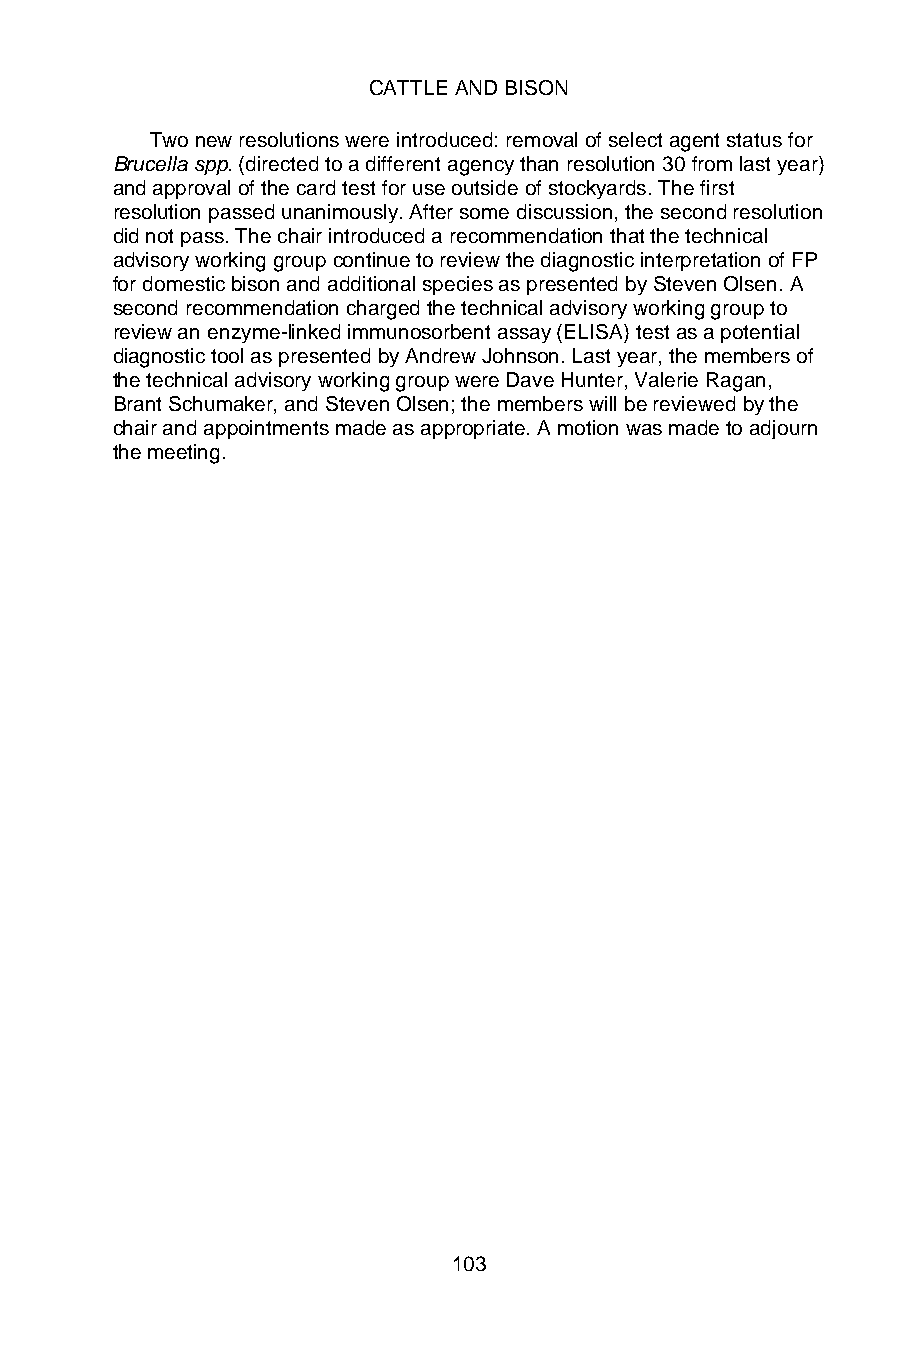
CATTLE AND BISON
 Two new resolutions were introduced: removal of select agent status for
 Brucella spp. (directed to a different agency than resolution 30 from last year)
 and approval of the card test for use outside of stockyards. The first
 resolution passed unanimously. After some discussion, the second resolution
 did not pass. The chair introduced a recommendation that the technical
 advisory working group continue to review the diagnostic interpretation of FP
 for domestic bison and additional species as presented by Steven Olsen. A
 second recommendation charged the technical advisory working group to
 review an enzyme-linked immunosorbent assay (ELISA) test as a potential
 diagnostic tool as presented by Andrew Johnson. Last year, the members of
 the technical advisory working group were Dave Hunter, Valerie Ragan,
 Brant Schumaker, and Steven Olsen; the members will be reviewed by the
 chair and appointments made as appropriate. A motion was made to adjourn
 the meeting.
 103